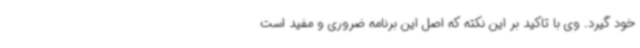
خود گیرد. وی با تاکید بر این نکته که اصل این برنامه ضروری و مفید است